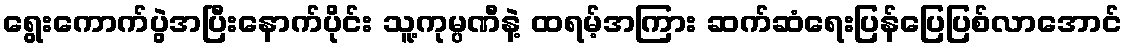
ရွေးကောက်ပွဲအပြီးနောက်ပိုင်း သူ့ကုမ္ပဏီနဲ့ ထရမ့်အကြား ဆက်ဆံရေးပြန်ပြေပြစ်လာအောင်